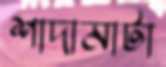
শাদামাটা